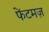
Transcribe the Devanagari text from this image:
फेंटमज़